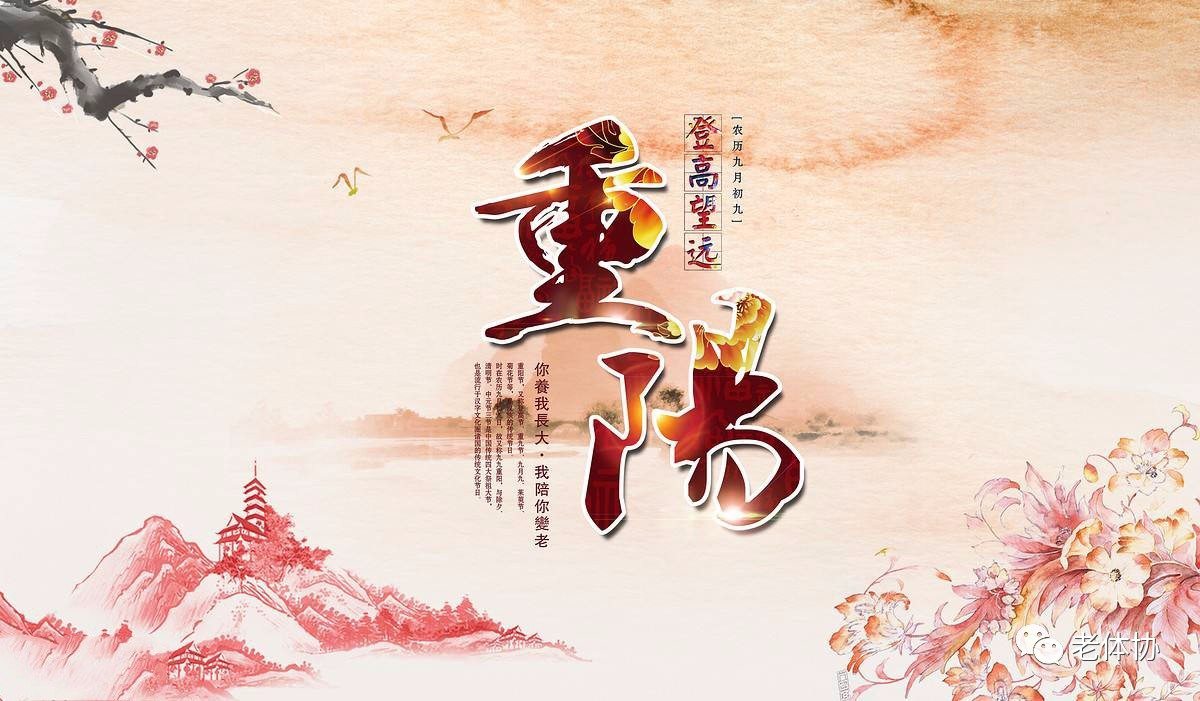
遥知兄弟登高处，遍插茱萸少一人。